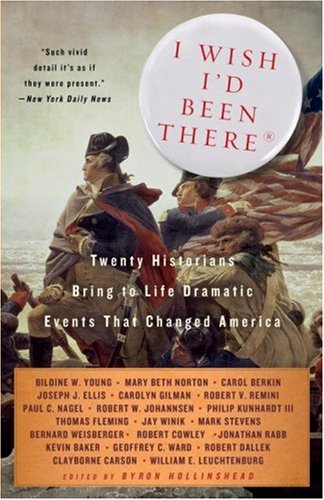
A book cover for I Wish I'd Been There: Twenty Historians Bring to Life the Dramatic Events That Changed America (Vintage); Byron Hollinshead; History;